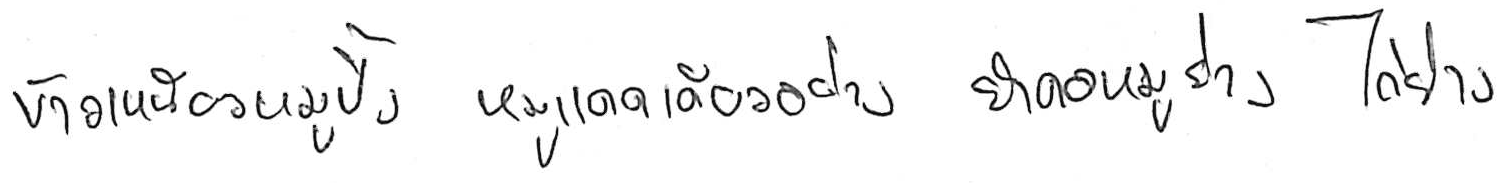
ข้าวเหนียวหมูปิ้ง หมูแดดเดียวย่าง ยำคอหมูย่าง ไก่ย่าง